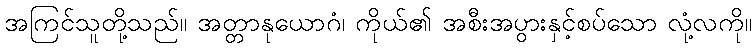
အကြင်သူတို့သည်။ အတ္တာနုယောဂံ၊ ကိုယ်၏ အစီးအပွားနှင့်စပ်သော လုံ့လကို။